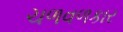
ચળવળકાર